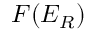
F ( E _ { R } )